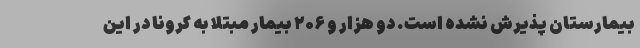
بیمارستان پذیرش نشده است. دو هزار و ۲۰۶ بیمار مبتلا به کرونا در این